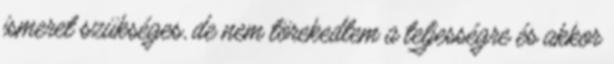
ismeret szükséges, de nem törekedtem a teljességre és akkor